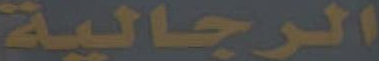
الرجالية